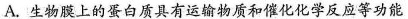
A.生物膜上的蛋白质具有运输物质和催化化学反应等功能